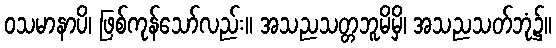
ဝသမာနာပိ၊ ဖြစ်ကုန်သော်လည်း။ အသညသတ္တဘူမိမှိ၊ အသညသတ်ဘုံ၌။